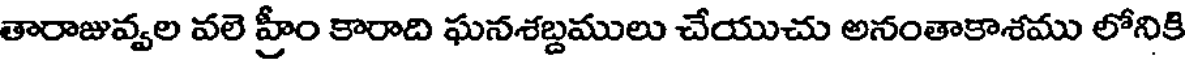
తారాజువ్వల వలె హ్రీం కారాది ఘనశబ్దములు చేయుచు అనంతాకాశము లోనికి